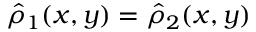
\hat { \rho } _ { 1 } ( x , y ) = \hat { \rho } _ { 2 } ( x , y )